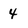
Character: 4